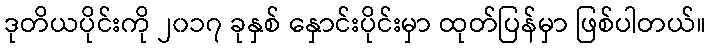
ဒုတိယပိုင်းကို ၂၀၁၇ ခုနှစ် နှောင်းပိုင်းမှာ ထုတ်ပြန်မှာ ဖြစ်ပါတယ်။